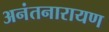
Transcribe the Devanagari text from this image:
अनंतनारायण